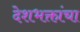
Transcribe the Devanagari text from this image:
देशभक्तांचा